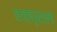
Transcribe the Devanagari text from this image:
एवप्रल